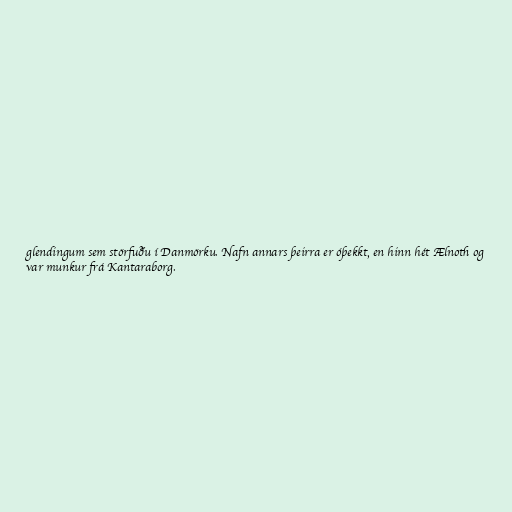
glendingum sem störfuðu í Danmörku. Nafn annars þeirra er óþekkt, en hinn hét Ælnoth og
var munkur frá Kantaraborg.